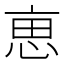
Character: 𠅤